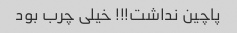
پاچین نداشت!!! خیلی چرب بود